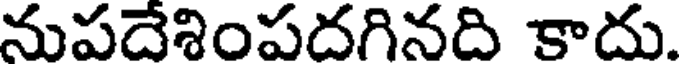
నుపదేశింపదగినది కాదు.